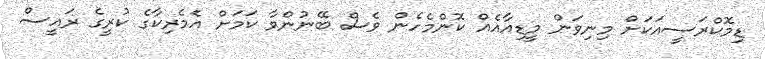
ޑިމޮކްރަސީއަކަށް މިނިވަން މީޑިއާއެއް ކޮންމެހެން ވެސް ބޭނުންވާ ކަމަށް އެމެރިކާގެ ކުރީގެ ރައީސް